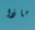
ماذا